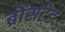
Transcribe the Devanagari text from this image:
ब्रोंसटेड